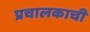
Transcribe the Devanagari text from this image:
प्रचालकाची